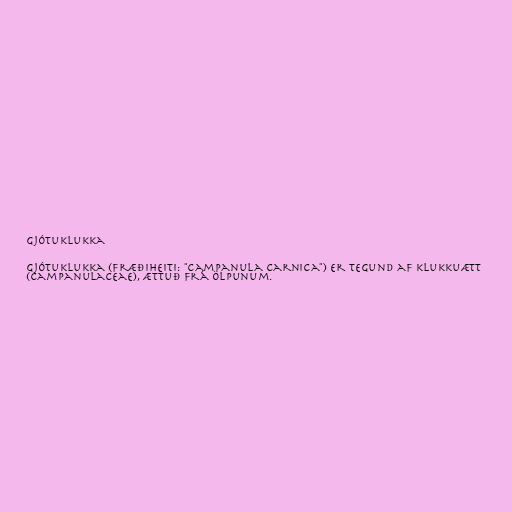
Gjótuklukka

Gjótuklukka (fræðiheiti: "Campanula carnica") er tegund af klukkuætt
(Campanulaceae), ættuð frá Ölpunum.